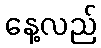
နေ့လည်